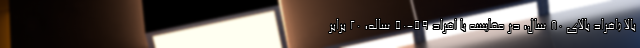
بالا (افراد بالای ۸۰ سال، در مقایسه با افراد ۵۹-۵۰ ساله، ۲۰ برابر